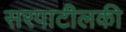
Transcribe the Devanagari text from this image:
सरपाटीलकी